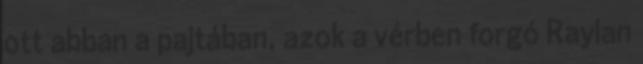
ott abban a pajtában, azok a vérben forgó Raylan